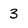
Character: 3